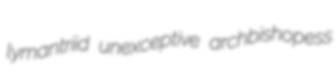
lymantriid unexceptive archbishopess